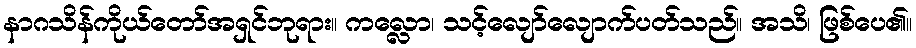
နာဂသိန်ကိုယ်တော်အရှင်ဘုရား။ ကလ္လော၊ သင့်လျော်လျောက်ပတ်သည်။ အသိ၊ ဖြစ်ပေ၏။